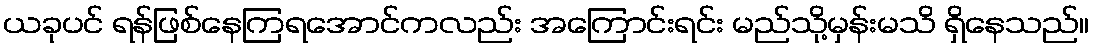
ယခုပင် ရန်ဖြစ်နေကြရအောင်ကလည်း အကြောင်းရင်း မည်သို့မှန်းမသိ ရှိနေသည်။